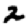
Digit: 2